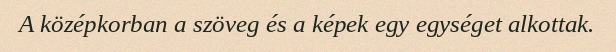
A középkorban a szöveg és a képek egy egységet alkottak.